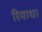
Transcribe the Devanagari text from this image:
रियाध।